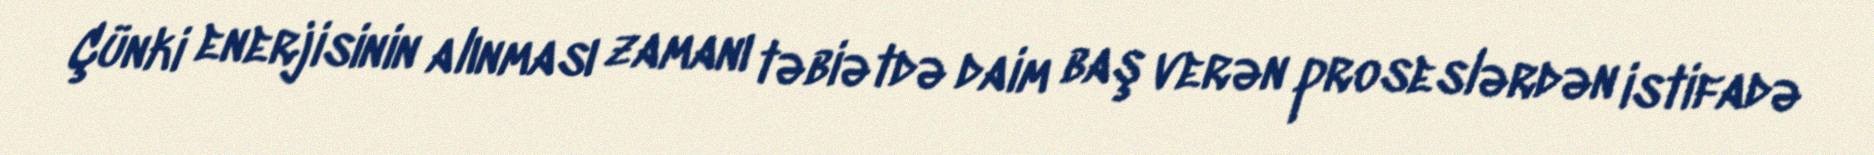
Çünki enerjisinin alınması zamanı təbiətdə daim baş verən proseslərdən istifadə